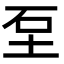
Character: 𡊵